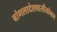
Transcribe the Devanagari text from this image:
बांगलादेशवासीयांनाच